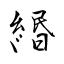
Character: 緡